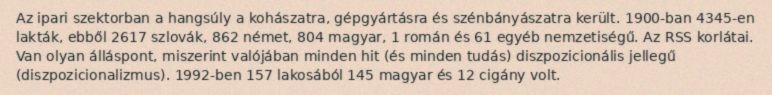
Az ipari szektorban a hangsúly a kohászatra, gépgyártásra és szénbányászatra került. 1900-ban 4345-en lakták, ebből 2617 szlovák, 862 német, 804 magyar, 1 román és 61 egyéb nemzetiségű. Az RSS korlátai. Van olyan álláspont, miszerint valójában minden hit (és minden tudás) diszpozicionális jellegű (diszpozicionalizmus). 1992-ben 157 lakosából 145 magyar és 12 cigány volt.